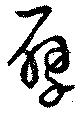
擘